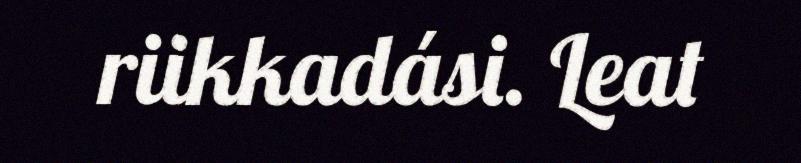
riikkadási. Leat